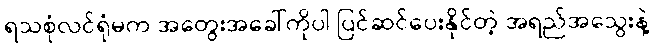
ရသစုံလင်ရုံမက အတွေးအခေါ်ကိုပါ ပြင်ဆင်ပေးနိုင်တဲ့ အရည်အသွေးနဲ့